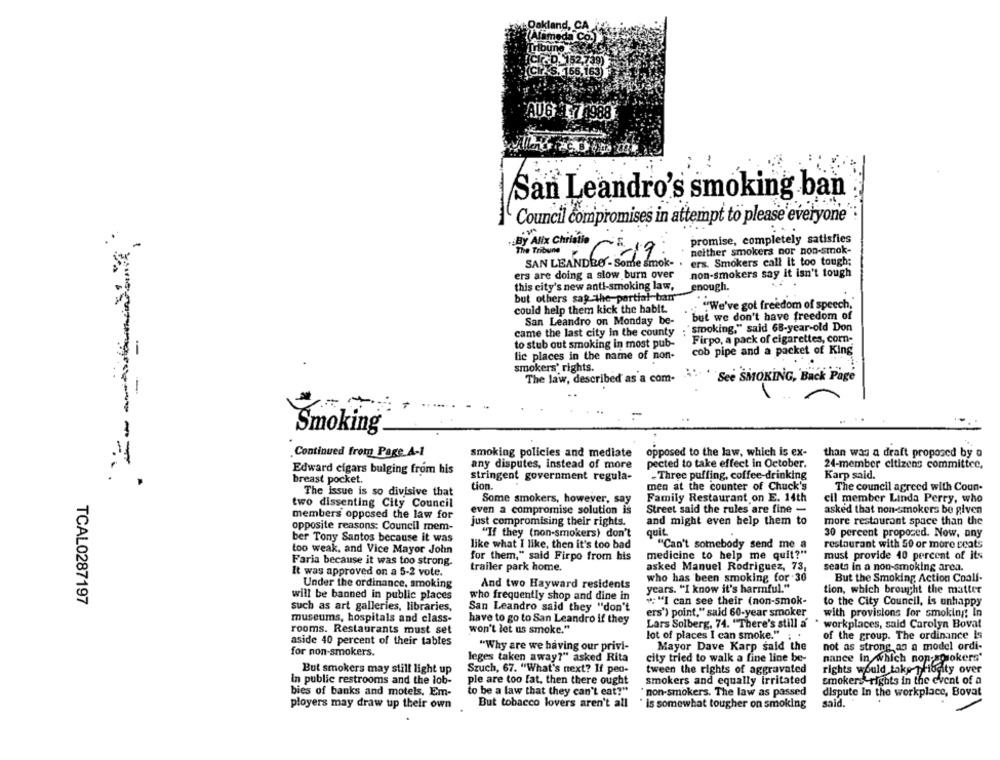
Alameda Co
Tribune
SP_152,739)
(CI S. 156,163
AUG 171988
San Leandro's smoking ban
Council compromises in attempt to please everyone
By Alix Christie
promise, completely satisfies
The Tribune
neither smokers nor non-smok-
SAN LEANDRO'- Some smok-
ers. Smokers call It too tough;
ers are doing a slow burn over
non-smokers say it isn't tough
this city's new anti-smoking law,
enough.
but others sap -the-partial-ban
could help them kick the habit.
"We've got freedom of speech,
San Leandro on Monday be-
but we don't have freedom of
smoking," said 68-year-old Don
came the last city In the county
to stub out smoking in most pub-
Firpo, a pack of cigarettes, corn-
cob pipe and a packet of King
lic places in the name of non-
smokers' rights.
The law, described as a com-
See SMOKING, Back Page
Smoking
Continued from Page A-1
smoking policies and mediate
opposed to the law, which is ex-
than was a draft proposed by a
any disputes, instead of more
pected to take effect in October.
Edward cigars bulging from his
24-member citizens committee,
breast pocket.
stringent government regula-
- Three puffing, coffee-drinking
Karp said.
tion.
men at the counter of Chuck's
The council agreed with Coun-
The issue is so divisive that
Some smokers, however, say
Family Restaurant on E. 14th
cll member Linda Perry, who
two dissenting City Council
even a compromise solution is
Street said the rules are fine -
asked that non-smokers be given
members opposed the law for
just compromising their rights.
and might even help them to
more restaurant space than the
opposite reasons: Council mem-
"If they (non-smokers) don't
quit
ber Tony Santos because it was
30 percent proposed. Now, any
like what I like, then it's too bad
"Can't somebody send me a
restaurant with 50 or more seats
too weak, and Vice Mayor John
medicine to help me quit?"
must provide 40 percent of its
Faria because it was too strong.
for them," said Firpo from his
trailer park home.
asked Manuel Rodriguez, 73,
seata in a non-smoking area.
It was approved on a 5-2 vote.
who has been smoking for 30
But the Smoking Action Coall-
Under the ordinance, smoking
And two Hayward residents
years. "I know it's harmful."
tion, which brought the matter
will be banned in public places
who frequently shop and dine in
to the City Council, is unhappy
TCAL0287197
such as art galleries, libraries,
San Leandro said they "don't
+ "I can see their (non-smok-
ers') point," said 60-year smoker
with provisions for smoking; In
museums, hospitals and class-
have to go to San Leandro if they
Lars Solberg, 74. "There's still a
. workplaces, said Carolyn Bovat
rooms. Restaurants must set
won't let us smoke."
lot of places I can smoke." ; .
of the group. The ordinance is
aside 40 percent of their tables
"Why are we having our privi-
Mayor Dave Karp said the
not as strong as a model ordi-
for non-smokers.
leges taken away?" asked Rita
city tried to walk a fine line be-
nance In which non-sorokers'
But smokers may still light up
Szuch, 67. "What's next? If peo-
tween the rights of aggravated
rights would take phibgity over
in public restrooms and the lob-
ple are too fat, then there ought
smokers and equally irritated
smokers'rights in the event of a
bies of banks and motels, Em-
to be a law that they can't eat?"
* non-smokers. The law as passed
dispute In the workplace, Bovat
ployers may draw up their own
But tobacco lovers aren't all
is somewhat tougher on smoking
said.